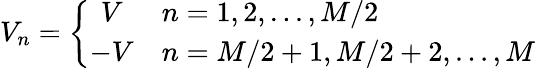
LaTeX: V_{n}=\left\{ \begin{array}{cl}{V}&{n=1,2,...,M/2}\\ {-V}&{n=M/2+1,M/2+2,...,M}\end{array}\right.